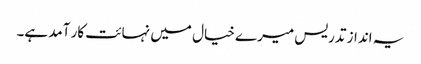
یہ انداز تدریس میرے خیال میں نہائت کار آمد ہے۔